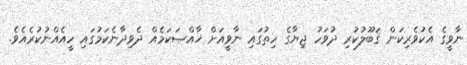
ނާވީގެ އެކުވެރިކަން ޤަބޫލުކުރި ދުވަހު ޖިޔާގެ ހިތުގައި ނާވީއަށް ޚާއްޞަކަމެއް ދެވިދާނެކަމުގައި ހީއެއްނުކުރެއެވެ.